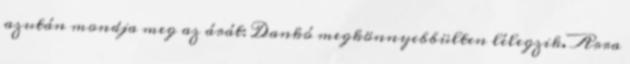
azután mondja meg az árát: Dankó megkönnyebbülten lélegzik. Arra